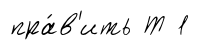
пра́в'ить Т 1